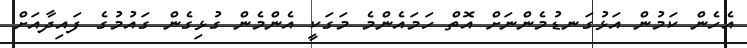
އެހެން ކަމުން އަޅުގަނޑުމެންނަށް އޮތް ހަމައެންމެ މަގަކީ އެންމެން ގުޅިގެން ގައުމުގެ ފައިދާއަށް